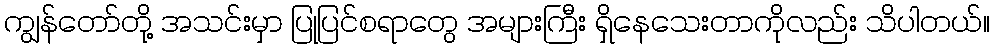
ကျွန်တော်တို့ အသင်းမှာ ပြုပြင်စရာတွေ အများကြီး ရှိနေသေးတာကိုလည်း သိပါတယ်။